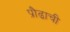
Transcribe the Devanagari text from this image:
प्रौढाची